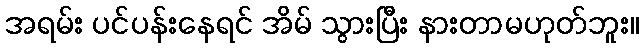
အရမ်း ပင်ပန်းနေရင် အိမ် သွားပြီး နားတာမဟုတ်ဘူး။